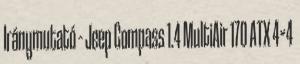
Iránymutató – Jeep Compass 1.4 MultiAir 170 ATX 4×4